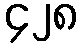
၄၂၈